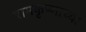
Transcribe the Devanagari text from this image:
रामकृष्णाच्या